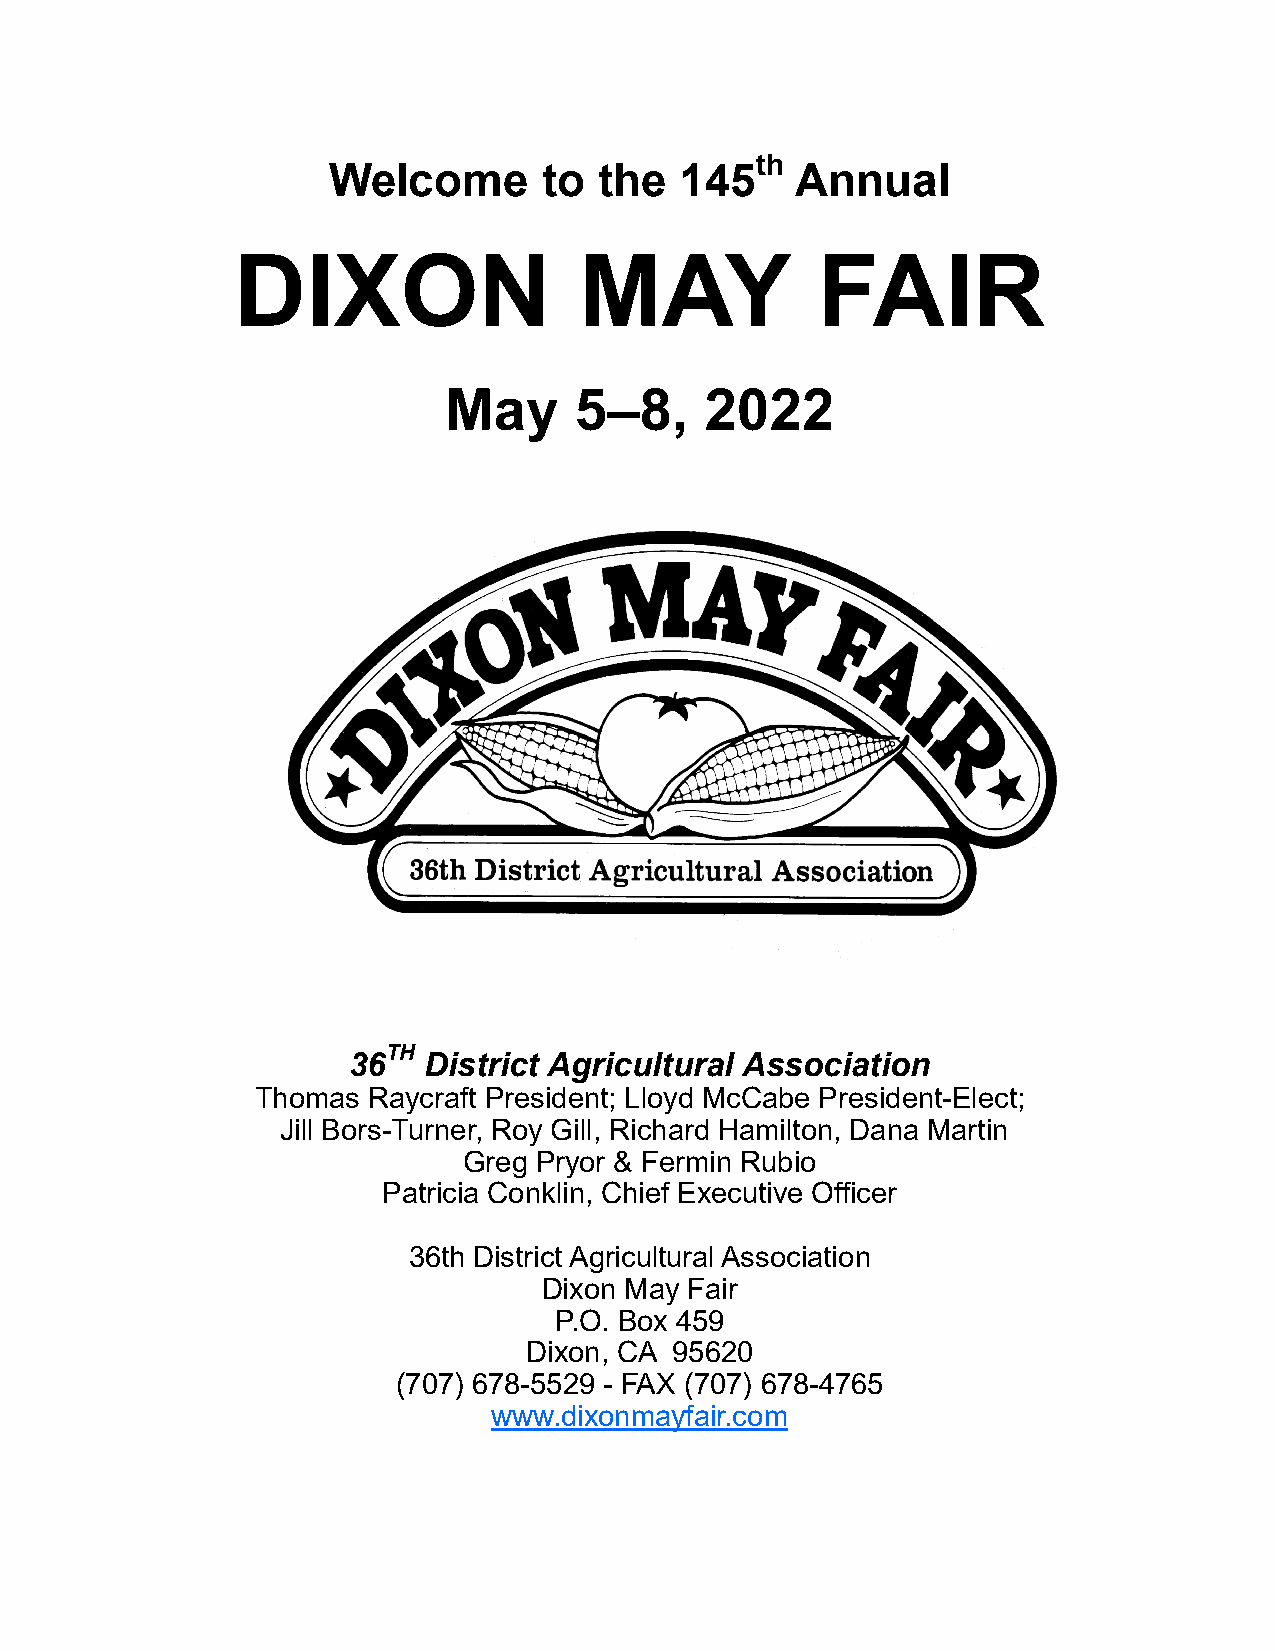
th
 Welcome       to  the  145     Annual
 DIXON                  MAY             FAIR
 May      5–8,     2022
 TH
 36   District Agricultural Association
 Thomas Raycraft President; Lloyd McCabe President-Elect;
 Jill Bors-Turner, Roy Gill, Richard Hamilton, Dana Martin
 Greg Pryor & Fermin Rubio
 Patricia Conklin, Chief Executive Officer
 36th District Agricultural Association
 Dixon May Fair
 P.O. Box 459
 Dixon, CA 95620
 (707) 678-5529 - FAX (707) 678-4765
 www.dixonmayfair.com